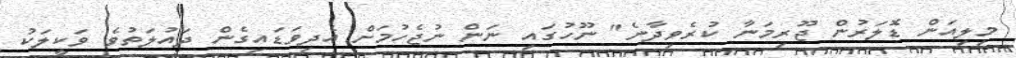
މިލިއަން ޑޮލަރުން ޖޫރިމަނާ ކުރެވިދާނެ" ނޫހުގައި ނަން ނުޖެހުމަށް އެދިވަޑައިގެން ދައުލަތުވެ ވަކީލަކު